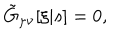
\tilde { G } _ { \mu \nu } [ \xi | s ] = 0 ,